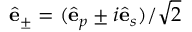
\hat { \bf e } _ { \pm } = ( \hat { \bf e } _ { p } \pm i \hat { \bf e } _ { s } ) / \sqrt { 2 }